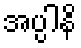
အပ္ပါနိ